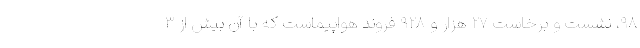
۹۸، نشست و برخاست ۲۷ هزار و ۹۲۸ فروند هواپیماست که با آن بیش از ۳